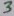
Text: 3